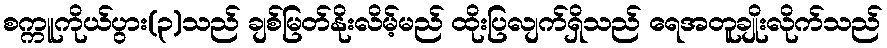
စက္ကူကိုယ်ပွား(၃)သည် ချစ်မြတ်နိုးလိမ့်မည် ထိုးပြလျက်ရှိသည် ရေအတူချိုးလိုက်သည်